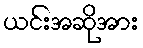
ယင်းအဆိုအား